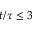
t / \tau \le 3